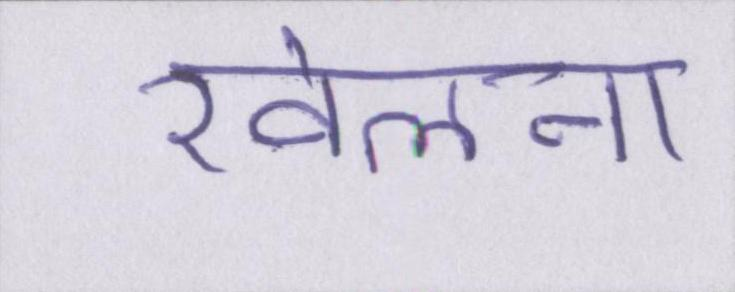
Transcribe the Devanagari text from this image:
खेलना